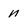
Character: n